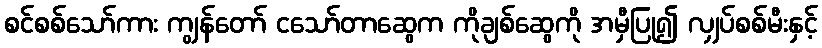
စင်စစ်သော်ကား ကျွန်တော် ငသော်တာဆွေက ကိုချစ်ဆွေကို အမှီပြု၍ လျှပ်စစ်မီးနှင့်